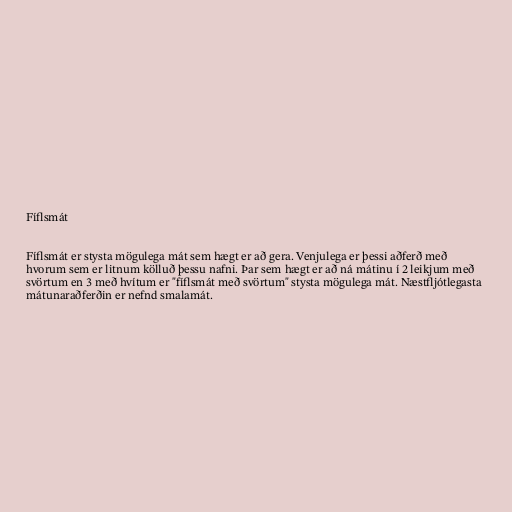
Fíflsmát

Fíflsmát er stysta mögulega mát sem hægt er að gera. Venjulega er þessi aðferð með
hvorum sem er litnum kölluð þessu nafni. Þar sem hægt er að ná mátinu í 2 leikjum með
svörtum en 3 með hvítum er "fíflsmát með svörtum" stysta mögulega mát. Næstfljótlegasta
mátunaraðferðin er nefnd smalamát.